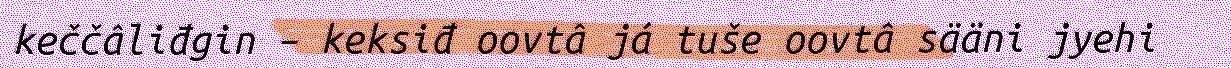
keččâliđgin – keksiđ oovtâ já tuše oovtâ sääni jyehi